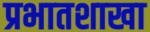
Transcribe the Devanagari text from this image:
प्रभातशाखा